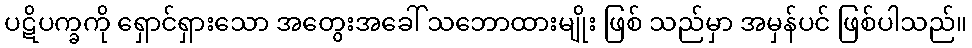
ပဋိပက္ခကို ရှောင်ရှားသော အတွေးအခေါ် သဘောထားမျိုး ဖြစ် သည်မှာ အမှန်ပင် ဖြစ်ပါသည်။